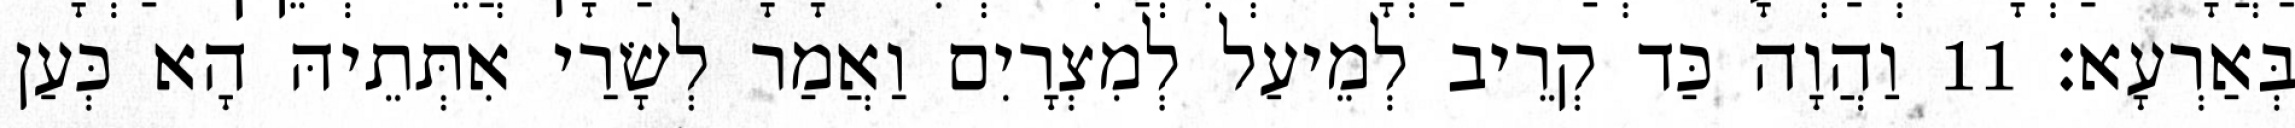
בְּאַרְעָא׃ 11 וַהֲוָה כַּד קְרֵיב לְמֵיעַל לְמִצְרָיִם וַאֲמַר לְשָׂרַי אִתְּתֵיהּ הָא כְּעַן